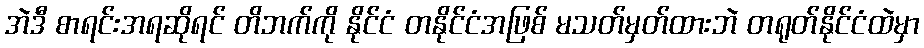
အဲဒီ စာရင်းအရဆိုရင် တိဘက်ကို နိုင်ငံ တနိုင်ငံအဖြစ် မသတ်မှတ်ထားဘဲ တရုတ်နိုင်ငံထဲမှာ